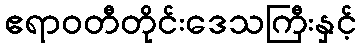
ဧရာဝတီတိုင်းဒေသကြီးနှင့်